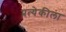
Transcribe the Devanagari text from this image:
प्रत्येकीला